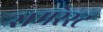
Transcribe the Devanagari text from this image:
समरेस्ट